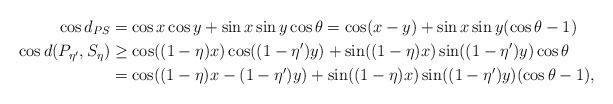
LaTeX: \begin{align*}\cos d_{PS} &= \cos x \cos y+ \sin x \sin y \cos \theta = \cos (x-y) + \sin x \sin y (\cos \theta -1)\\\cos d({P_{\eta'}}, S_{\eta}) &\ge \cos ((1-\eta) x) \cos ((1-\eta')y)+ \sin ((1-\eta)x) \sin ((1-\eta')y )\cos \theta\\& = \cos ((1-\eta)x- (1-\eta')y) + \sin ((1-\eta)x) \sin ((1-\eta')y) (\cos \theta -1),\end{align*}